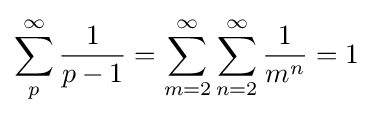
\sum _{p}^{\infty }{\frac {1}{p-1}}=\sum _{m=2}^{\infty }\sum _{n=2}^{\infty }{\frac {1}{m^{n}}}=1